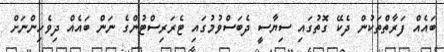
ބައެއް ފަރާތްތަކުން ދެކޭ ގޮތުގައި ސިޔާސީ ދެބަސްވުމުގައި ޓެރަރިސްޓުންގެ ނަން ބައެއް ދިވެހިންނަށް